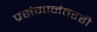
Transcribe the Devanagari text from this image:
प्रसंगानंतरही